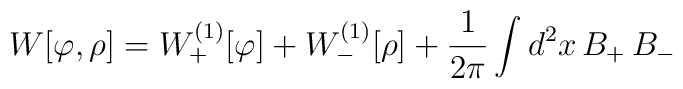
W[\varphi,\rho]= W_+^{(1)}[\varphi] + W_-^{(1)}[\rho] + {1\over{2\pi}} \int d^2x \, B_+ \,B_-